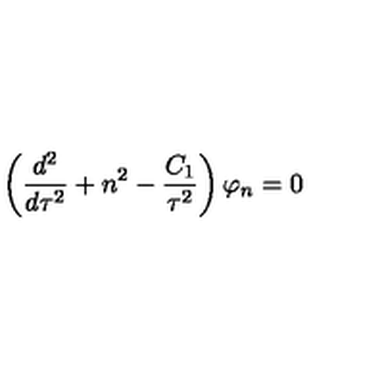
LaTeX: \left( { \frac { d ^ { 2 } } { d \tau ^ { 2 } } } + n ^ { 2 } - { \frac { C _ { 1 } } { \tau ^ { 2 } } } \right) \varphi _ { n } = 0